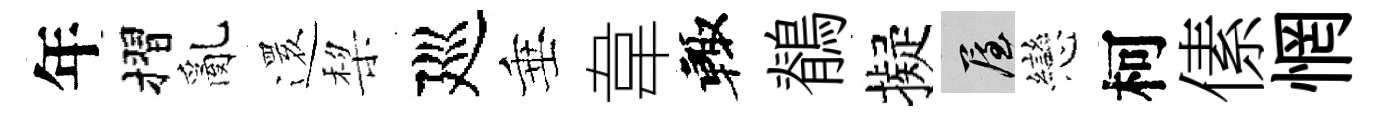
年摺亂𮟃棃廵垂韋輙鶺擬屋戀柯傃惘